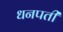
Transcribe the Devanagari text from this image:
धनपती